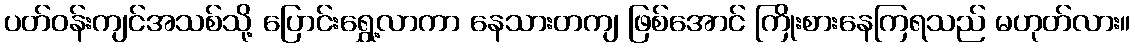
ပတ်ဝန်းကျင်အသစ်သို့ ပြောင်းရွှေ့လာကာ နေသားတကျ ဖြစ်အောင် ကြိုးစားနေကြရသည် မဟုတ်လား။